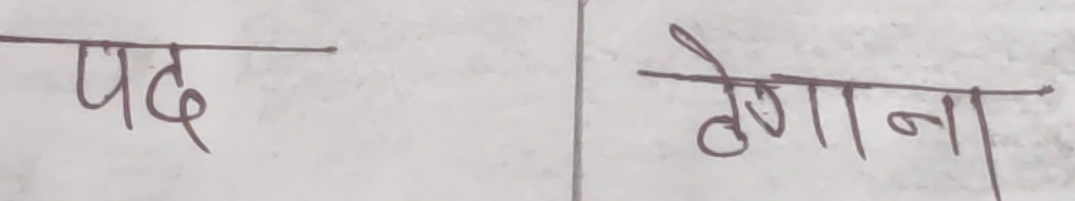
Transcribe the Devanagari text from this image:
पद ठेगाना